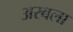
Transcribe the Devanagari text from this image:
अरबला